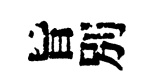
旨別